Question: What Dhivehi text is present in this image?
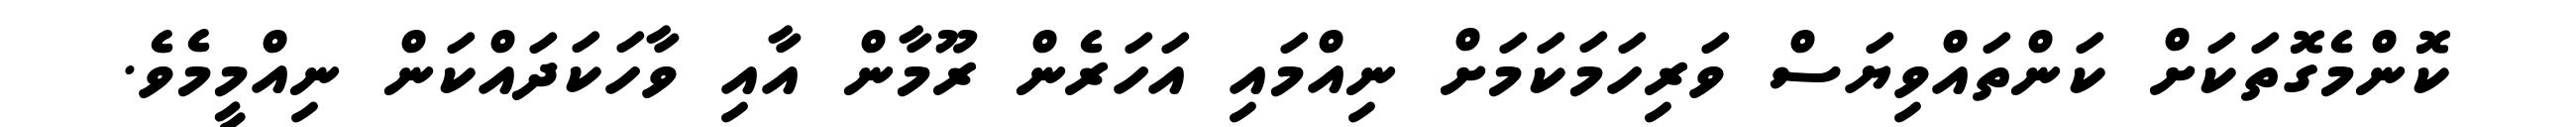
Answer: ކޮންމެގޮތަކަށް ކަންތައްވިޔަސް ވަރިހަމަކަމަށް ނިއްމައި އަހަރެން ރޫމާން އާއި ވާހަކަދައްކަން ނިއްމީމެވެ.